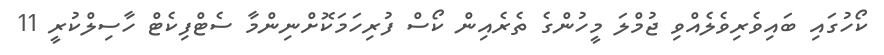
ކޯހުގައި ބައިވެރިވެލެއްވި ޖުމްލަ މީހުންގެ ތެރެއިން ކޯސް ފުރިހަމަކޮށްނިންމާ ސެޓްފިކެޓް ހާސިލްކުރީ 11